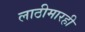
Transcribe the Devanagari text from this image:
लाठीमारही